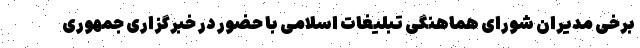
برخی مدیران شورای هماهنگی تبلیغات اسلامی با حضور در خبرگزاری جمهوری